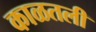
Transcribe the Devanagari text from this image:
काळतली